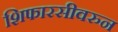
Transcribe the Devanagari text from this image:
शिफारसीवरुन